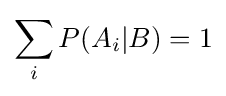
\sum _{i}{P(A_{i}|B)}=1